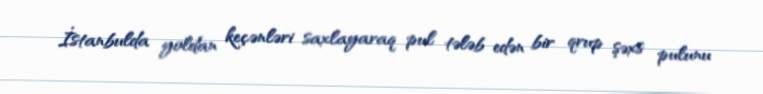
İstanbulda yoldan keçənləri saxlayaraq pul tələb edən bir qrup şəxs pulunu